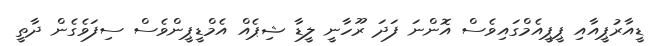
ޑީއާރުޕީއާއި ޕީޕީއެމްގައިވެސް އޮންނަ ފަދަ ރޫހާނީ ލީޑާ ޝިޕެއް އެމްޑީޕީންވެސް ސިފަވެގެން ދާތީ